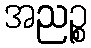
အညဉ္စ